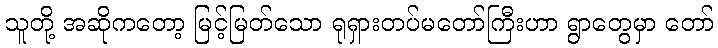
သူတို့ အဆိုကတော့ မြင့်မြတ်သော ရုရှားတပ်မတော်ကြီးဟာ ရွာတွေမှာ တော်